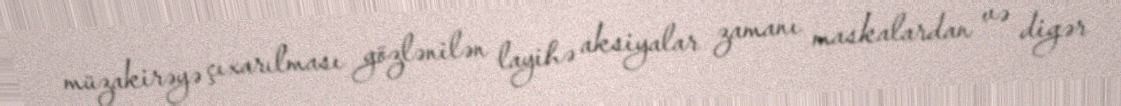
müzakirəyə çıxarılması gözlənilən layihə aksiyalar zamanı maskalardan və digər